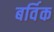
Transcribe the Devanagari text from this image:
बर्विक